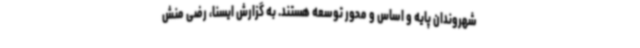
شهروندان پایه و اساس و محور توسعه هستند. به گزارش ایسنا، رضی منش